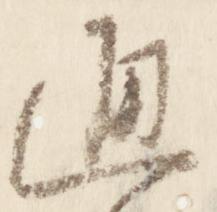
通